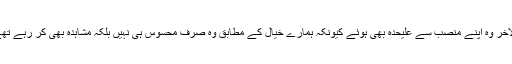
بالاخر وہ اپنے منصب سے علیحدہ بھی ہوئے کیونکہ ہمارے خیال کے مطابق وہ صرف محسوس ہی نہیں بلکہ مشاہدہ بھی کر رہے تھے۔